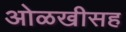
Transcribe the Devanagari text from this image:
ओळखीसह